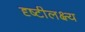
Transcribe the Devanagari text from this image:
दृष्टीलक्ष्य